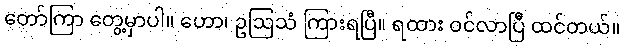
တော်ကြာ တွေ့မှာပါ။ ဟော၊ ဥဩသံ ကြားရပြီ။ ရထား ဝင်လာပြီ ထင်တယ်။